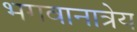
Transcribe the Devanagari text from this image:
भगवानात्रेय